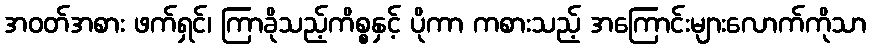
အဝတ်အစား ဖက်ရှင်၊ ကြာခိုသည့်ကိစ္စနှင့် ပိုကာ ကစားသည့် အကြောင်းများလောက်ကိုသာ